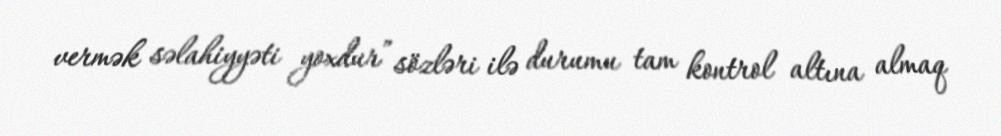
vermək səlahiyyəti yoxdur” sözləri ilə durumu tam kontrol altına almaq